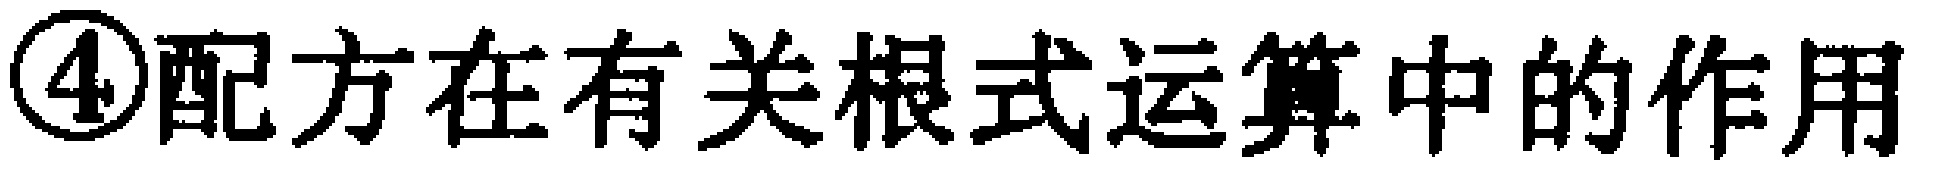
\textcircled{4}配方在有关根式运算中的作用